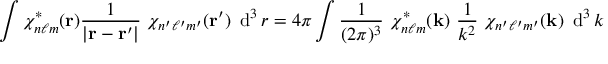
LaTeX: \int \chi _ { n \ell m } ^ { * } ( \mathbf { r } ) { \frac { 1 } { \left| \mathbf { r } - \mathbf { r } ^ { \prime } \right| } } ~ \chi _ { n ^ { \prime } \ell ^ { \prime } m ^ { \prime } } ( \mathbf { r } ^ { \prime } ) ~ \operatorname { d } ^ { 3 } r = 4 \pi \int { \frac { 1 } { ( 2 \pi ) ^ { 3 } } } ~ \chi _ { n \ell m } ^ { * } ( \mathbf { k } ) ~ { \frac { 1 } { k ^ { 2 } } } ~ \chi _ { n ^ { \prime } \ell ^ { \prime } m ^ { \prime } } ( \mathbf { k } ) ~ \operatorname { d } ^ { 3 } k